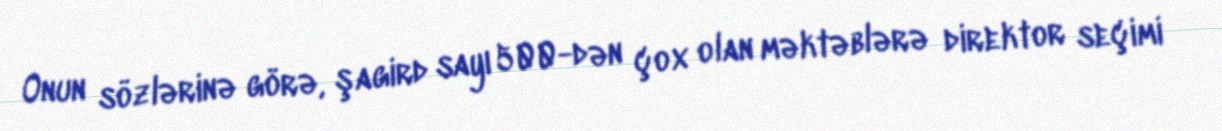
Onun sözlərinə görə, şagird sayı 500-dən çox olan məktəblərə direktor seçimi